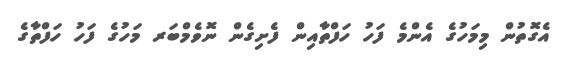
އެގޮތުން މިމަހުގެ އެންމެ ފަހު ހަފްތާއިން ފެށިގެން ނޮވެމްބަރ މަހުގެ ފަހު ހަފްތާގެ